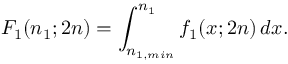
F _ { 1 } ( n _ { 1 } ; 2 n ) = \int _ { n _ { 1 , m i n } } ^ { n _ { 1 } } f _ { 1 } ( x ; 2 n ) \, d x .